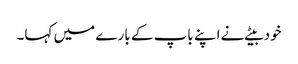
خود بیٹے نے اپنے باپ کے بارے میں کہا۔